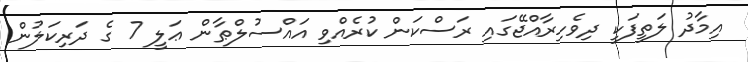
އިމާދު ލަތީފަކީ ދިވެހިރާއްޖޭގައި ރަސްކަން ކުރެއްވި އައްސުލްޠާން ޢަލީ 7 ގެ ދަރިކަލުން